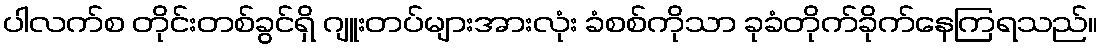
ပါလက်စ တိုင်းတစ်ခွင်ရှိ ဂျူးတပ်များအားလုံး ခံစစ်ကိုသာ ခုခံတိုက်ခိုက်နေကြရသည်။